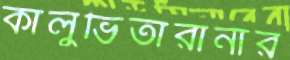
কালুভিতারানার